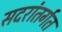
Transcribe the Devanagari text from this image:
सदरांतर्गत